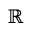
\mathbb { \displaystyle \mathbb { R } ^ { } }